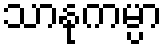
သာနုကမ္ပာ